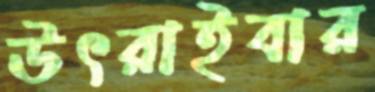
উৎরাইবার